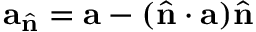
\mathbf { a } _ { \hat { \mathbf { n } } } = \mathbf { a } - ( \hat { \mathbf { n } } \cdot \mathbf { a } ) \hat { \mathbf { n } }